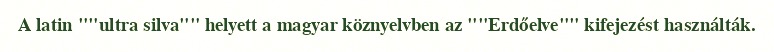
A latin ""ultra silva"" helyett a magyar köznyelvben az ""Erdőelve"" kifejezést használták.